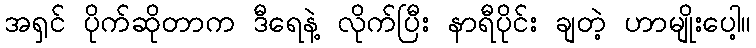
အရှင် ပိုက်ဆိုတာက ဒီရေနဲ့ လိုက်ပြီး နာရီပိုင်း ချတဲ့ ဟာမျိုးပေါ့။